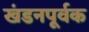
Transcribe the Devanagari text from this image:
खंडनपूर्वक